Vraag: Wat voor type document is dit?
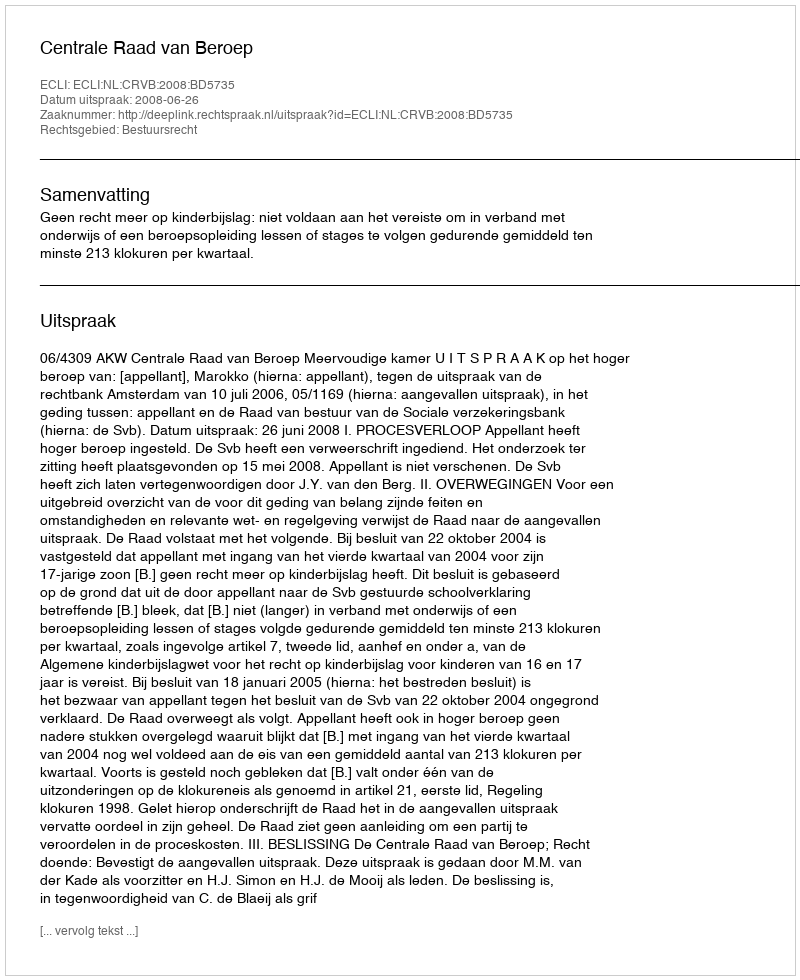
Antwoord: Uitspraak